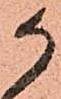
か